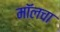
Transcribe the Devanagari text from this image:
मॉलचा